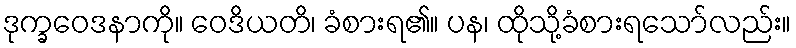
ဒုက္ခဝေဒနာကို။ ဝေဒိယတိ၊ ခံစားရ၏။ ပန၊ ထိုသို့ခံစားရသော်လည်း။